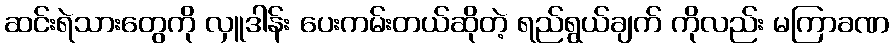
ဆင်းရဲသားတွေကို လှူဒါန်း ပေးကမ်းတယ်ဆိုတဲ့ ရည်ရွယ်ချက် ကိုလည်း မကြာခဏ